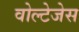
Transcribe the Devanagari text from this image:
वोल्टेजेस